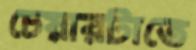
চেয়ারটাতে